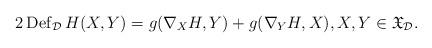
LaTeX: \begin{align*} 2\,{\rm Def}_{\cal D}\,H(X,Y)=g(\nabla_X H, Y) +g(\nabla_Y H, X),X,Y\in {\mathfrak X}_{\cal D}.\end{align*}